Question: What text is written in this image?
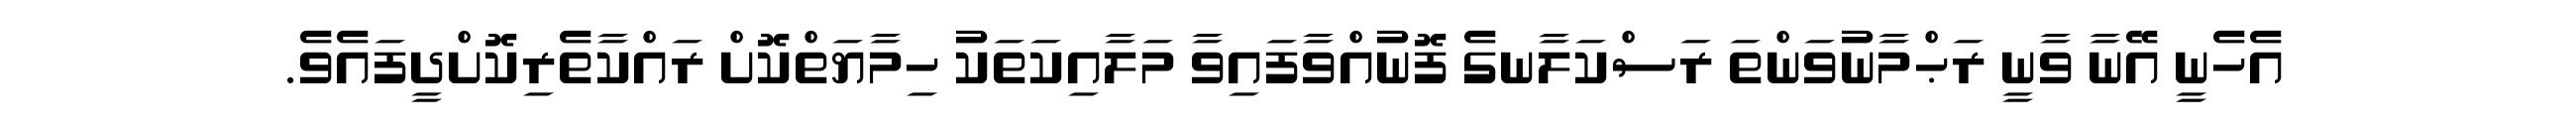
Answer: އެހެނީ އޭނާ ވާނީ ރަޙްމާނުވަންތަ ރަސްކަލާނގެ ފޮނުއްވާފައިވާ މަލާއިކަތަކު ހިމާޔަތްކޮށް ރައްކާތެރިކޮށްދީފައެވެ.